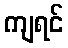
ကျရင်